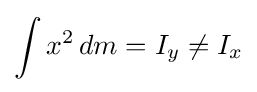
\int x^{2}\,dm=I_{y}\neq I_{x}